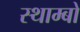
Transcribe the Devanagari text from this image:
स्थाम्बो